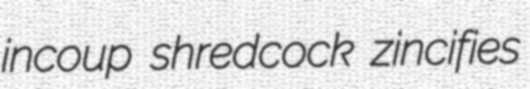
incoup shredcock zincifies